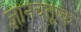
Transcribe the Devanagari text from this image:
ज्ञानचतुष्क